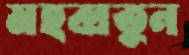
মহব্বতুন